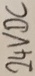
Text: 24VDC